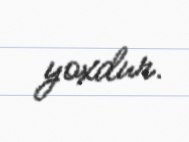
yoxdur.